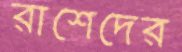
রাশেদের